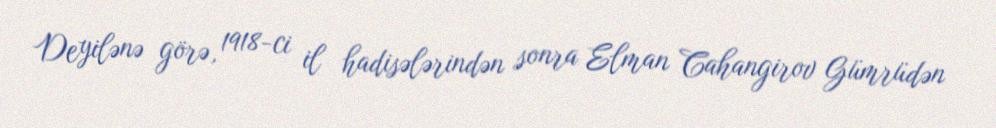
Deyilənə görə, 1918-ci il hadisələrindən sonra Elman Cahangirov Gümrüdən